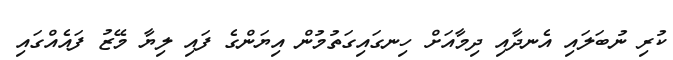
ކުރި ނުބަލައި އެނދާއި ދިމާއަށް ހިނގައިގަތުމުން އިޔަންގެ ފައި ލިޔާ މޭޒު ފައެއްގައި